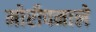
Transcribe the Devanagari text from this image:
मोरीपनाले